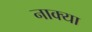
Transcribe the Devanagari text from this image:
नाक्या